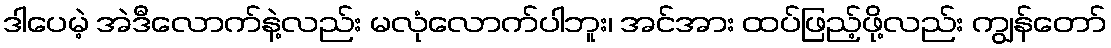
ဒါပေမဲ့ အဲဒီလောက်နဲ့လည်း မလုံလောက်ပါဘူး၊ အင်အား ထပ်ဖြည့်ဖို့လည်း ကျွန်တော်